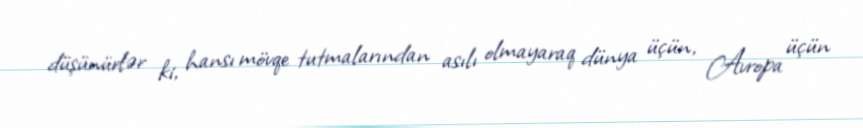
düşünürlər ki, hansı mövqe tutmalarından asılı olmayaraq dünya üçün, Avropa üçün